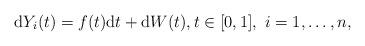
LaTeX: \begin{align*}\mathrm{d}Y_{i}(t)=f(t)\mathrm{d}t+\mathrm{d}W(t), t \in [0,1], \ i=1,\ldots,n,\end{align*}